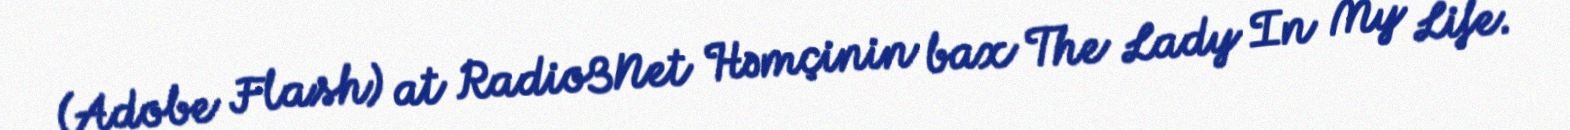
(Adobe Flash) at Radio3Net Həmçinin bax The Lady In My Life.